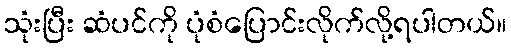
သုံးပြီး ဆံပင်ကို ပုံစံပြောင်းလိုက်လို့ရပါတယ်။